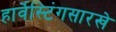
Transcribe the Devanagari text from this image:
हार्वेस्टिंगसारखे